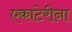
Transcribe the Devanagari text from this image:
एकाटेरीना